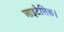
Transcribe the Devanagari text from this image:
आइटैलिक।